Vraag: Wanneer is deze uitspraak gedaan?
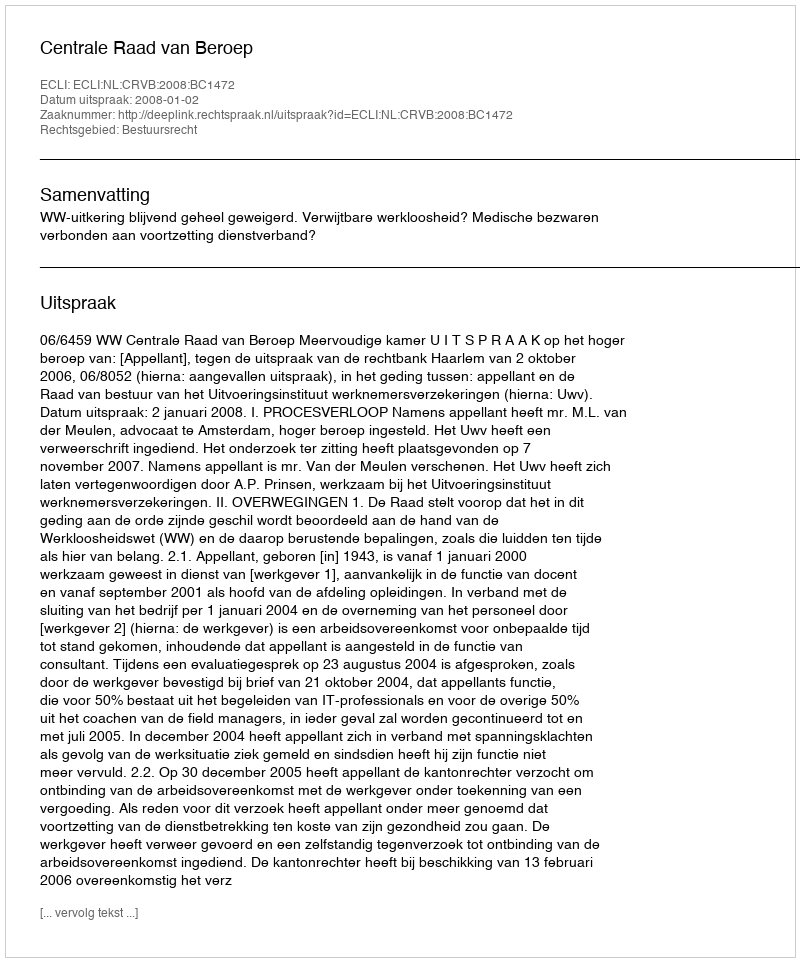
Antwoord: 2008-01-02